Sanitation, dispensaries and jails vaccination Rajputana 1922-1927 - 1922-1927
Year: 1922
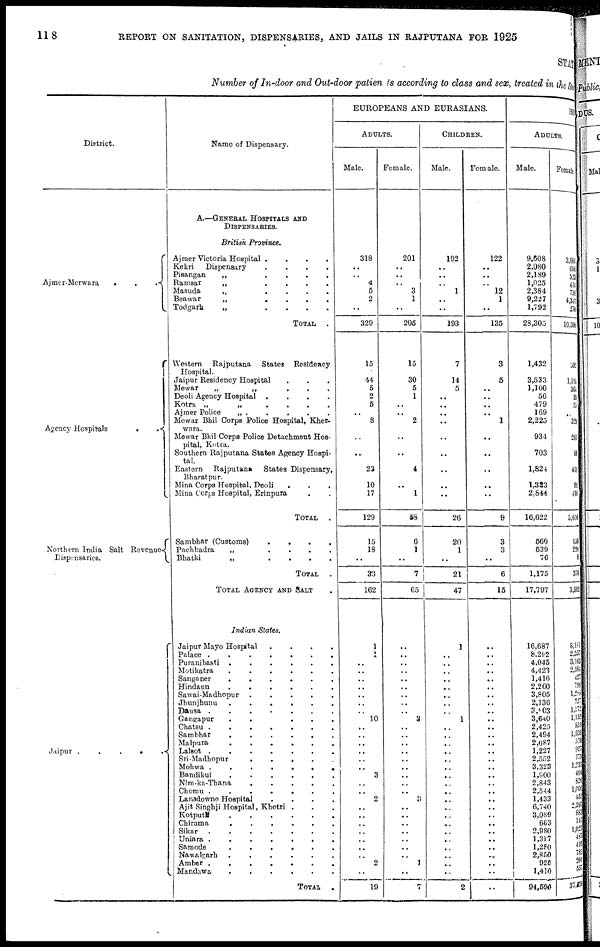
118
REPORT ON SANITATION, DISPENSARIES, AND JAILS IN RAJPUTANA FOR 1925
STATE
Number of In-door and Out-door patients according to class and sex, treated in the State
District.
Ajmer-Merwara
...
Agency Hospitals
..
Northern India Salt Revenue
Dispensaries.
Jaipur
......
Name of Dispensary.
A.—GENERAL HOSPITALS AND
DISPENSARIES.
British Province.
Ajmer Victoria Hospital
....
Kekri
Dispensary
....
Pisangan
„
....
Ramsar
„
....
Masuda
„
....
Beawar
„
....
Todgarh
„
....
TOTAL .
Western Rajputana
States Resideacy
Hospital.
Jaipur Residency Hospital ...
Mewar
„
„
...
Deoli Agency Hospital
....
Kotra
„
„
....
Ajmer Police
„ .....
Mewar Bhil Corps Police Hospital, Kher-
wara.
Mewar Bhil Corps Police Detachment Hos-
pital, Kotra.
Southern Rajputana States Agency Hospi-
tal.
Eastern Rajputana
States Dispensary,
Bharatpur.
Mina Corps Hospital, Deoli ...
Mina Corps Hospital, Erinpura
TOTAL .
Sambhar (Customs)
....
Pachbadra
„
....
Bhatki
„
....
TOTAL .
TOTAL AGENCY AND SALT .
Indian States.
Jaipur Mayo Hospital
....
Palace
.......
Puranibasti
......
Motikatra
......
Sanganer
......
Hindaun
......
Sawai-Madhopur
.....
Jhunjhunu
......
Dausa
.......
Gangapur
......
Chatsu
.......
Sambhar
......
Malpura
......
Lalsot
.......
Sri-Madhopur
.....
Mohwa
.......
Bandikui
......
Nim-ka-Thana
.....
Chomu
.......
Lansdowne Hospital
....
Ajit Singhji Hospital, Khetri ...
Kotputli
......
Chirama
......
Sikar
.......
Uniara
.......
Samode
......
Nawalgarh
......
Amber
.......
Mandawa
......
TOTAL .
EUROPEANS AND EURASIANS.
ADULTS.
Male.
318
..
..
4
5
2
..
329
15
44
5
2
5
..
8
..
..
23
10
17
129
15
18
..
33
162
1
1
..
..
..
..
..
..
..
10
..
..
..
..
..
..
3
..
..
2
..
..
..
..
..
..
..
2
..
19
Female.
201
..
..
..
3
1
..
205
15
30
5
1
..
..
2
..
..
4
.. 1
58
6
1
..
7
65
..
..
..
..
..
..
..
..
..
3
..
..
..
..
..
..
..
..
..
3
..
..
..
..
..
..
..
1
..
7
CHILDREN.
Male.
192
..
..
..
1
..
..
193
7
14
5
..
..
..
..
..
..
..
..
..
26
20
1
..
21
47
1
..
..
..
..
..
..
..
..
1
..
..
..
..
..
..
..
..
..
..
..
..
..
..
..
..
..
..
..
2
Female.
122
..
..
..
12
1
..
135
3
5
..
..
..
..
1
..
..
..
...
..
9
3
3
..
6
15
..
..
..
..
..
..
..
..
..
..
..
..
..
..
..
..
..
..
..
..
..
..
..
..
..
..
..
..
..
..
HI N
ADULTS.
Male.
9,608
2,080
2,189
1,025
2,384
9,227
1,792
28,305
1,432
3,533
1,100
56
479
169
2,225
934
703
1,824
1,323
2,844
16,622
560
539
76
1,175
17,797
16,687
8,292
4,045
4,423
1,416
2,260
3,805
2,136
3,803
3,640
2,425
2,494
2,087
1,227
2,552
3,323
1,900
2,843
2,544
1,433
6,740
3,089
663
2,980
1,317
1,280
2,850
928
1,410
94,590
Female.
3,684
616
523
414
736
4, 347
270
10,590
302
1,195
364
18
55
..
329
286
89
410
98
470
3,616
150
220
6
376
3,992
8,181
2,357
3,163
2,384
427
791
1,288
727
1,172
1,152
859
1,638
570
927
775
1, 231
494
826
1,006
452
2,397
883 147
1, 027
487
419
782
201
557
37,720